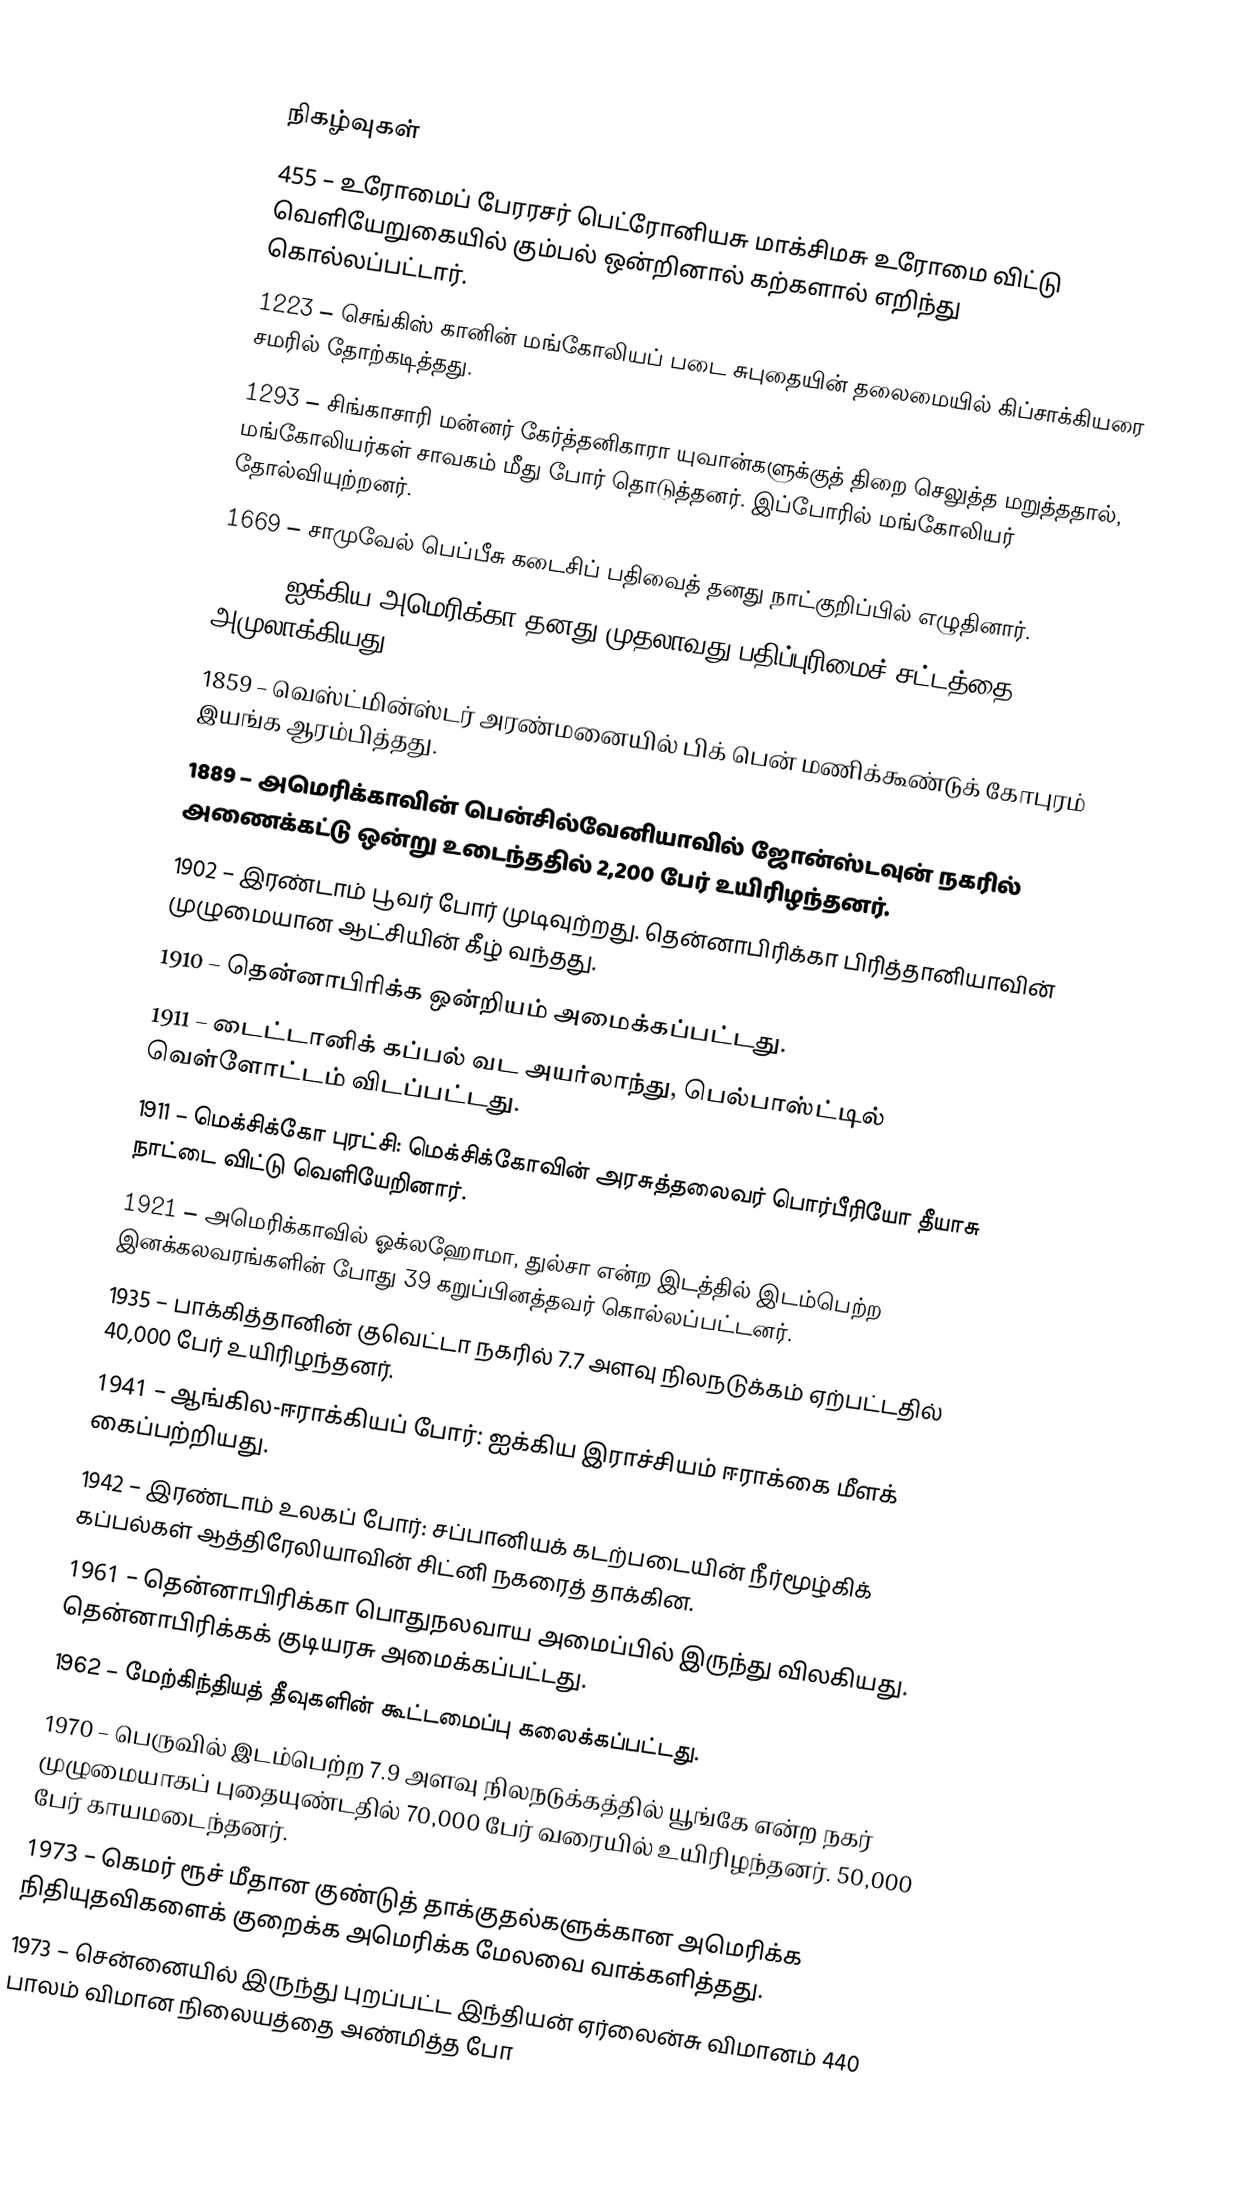

நிகழ்வுகள்
 455 – உரோமைப் பேரரசர் பெட்ரோனியசு மாக்சிமசு உரோமை விட்டு வெளியேறுகையில் கும்பல் ஒன்றினால் கற்களால் எறிந்து கொல்லப்பட்டார்.
1223 – செங்கிஸ் கானின் மங்கோலியப் படை சுபுதையின் தலைமையில் கிப்சாக்கியரை சமரில் தோற்கடித்தது.
1293 – சிங்காசாரி மன்னர் கேர்த்தனிகாரா யுவான்களுக்குத் திறை செலுத்த மறுத்ததால், மங்கோலியர்கள் சாவகம் மீது போர் தொடுத்தனர். இப்போரில் மங்கோலியர் தோல்வியுற்றனர்.
1669 – சாமுவேல் பெப்பீசு கடைசிப் பதிவைத் தனது நாட்குறிப்பில் எழுதினார்.
1790 – ஐக்கிய அமெரிக்கா தனது முதலாவது பதிப்புரிமைச் சட்டத்தை அமுலாக்கியது.
1859 – வெஸ்ட்மின்ஸ்டர் அரண்மனையில் பிக் பென் மணிக்கூண்டுக் கோபுரம் இயங்க ஆரம்பித்தது.
1889 – அமெரிக்காவின் பென்சில்வேனியாவில் ஜோன்ஸ்டவுன் நகரில் அணைக்கட்டு ஒன்று உடைந்ததில் 2,200 பேர் உயிரிழந்தனர்.
1902 – இரண்டாம் பூவர் போர் முடிவுற்றது. தென்னாபிரிக்கா பிரித்தானியாவின் முழுமையான ஆட்சியின் கீழ் வந்தது.
1910 – தென்னாபிரிக்க ஒன்றியம் அமைக்கப்பட்டது.
1911 – டைட்டானிக் கப்பல்  வட அயர்லாந்து, பெல்பாஸ்ட்டில் வெள்ளோட்டம் விடப்பட்டது.
1911 – மெக்சிக்கோ புரட்சி: மெக்சிக்கோவின் அரசுத்தலைவர் பொர்பீரியோ தீயாசு நாட்டை விட்டு வெளியேறினார்.
1921 – அமெரிக்காவில் ஓக்லஹோமா, துல்சா என்ற இடத்தில் இடம்பெற்ற இனக்கலவரங்களின் போது 39 கறுப்பினத்தவர் கொல்லப்பட்டனர்.
1935 – பாக்கித்தானின் குவெட்டா நகரில் 7.7 அளவு நிலநடுக்கம் ஏற்பட்டதில் 40,000 பேர் உயிரிழந்தனர்.
1941 – ஆங்கில-ஈராக்கியப் போர்: ஐக்கிய இராச்சியம் ஈராக்கை மீளக் கைப்பற்றியது.
1942 – இரண்டாம் உலகப் போர்: சப்பானியக் கடற்படையின் நீர்மூழ்கிக் கப்பல்கள் ஆத்திரேலியாவின் சிட்னி நகரைத் தாக்கின.
1961 – தென்னாபிரிக்கா பொதுநலவாய அமைப்பில் இருந்து விலகியது. தென்னாபிரிக்கக் குடியரசு அமைக்கப்பட்டது.
1962 – மேற்கிந்தியத் தீவுகளின் கூட்டமைப்பு கலைக்கப்பட்டது.
1970 – பெருவில் இடம்பெற்ற 7.9 அளவு நிலநடுக்கத்தில் யூங்கே என்ற நகர் முழுமையாகப் புதையுண்டதில் 70,000 பேர் வரையில் உயிரிழந்தனர். 50,000 பேர் காயமடைந்தனர்.
1973 – கெமர் ரூச் மீதான குண்டுத் தாக்குதல்களுக்கான அமெரிக்க நிதியுதவிகளைக் குறைக்க அமெரிக்க மேலவை வாக்களித்தது.
1973 – சென்னையில் இருந்து புறப்பட்ட இந்தியன் ஏர்லைன்சு விமானம் 440 பாலம் விமான நிலையத்தை அண்மித்த போ